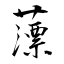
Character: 薸